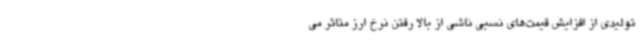
تولیدی از افزایش قیمت‌های نسبی ناشی از بالا رفتن نرخ ارز متاثر می